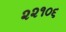
૨૨૧૦૬